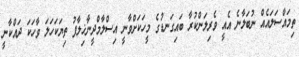
ތިމައްސަލައެއް ނުބަލާނެ އެއީ ވެރިލަންކުރާ ބައިގަނޑުގެ މީހަކަށްވާނީ އިސްލާމްދީނާޚިލާފު ތިޔަކަހަލަ ވާހަކަ ދައްކާނީ